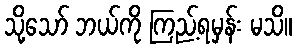
သို့သော် ဘယ်ကို ကြည့်ရမှန်း မသိ။